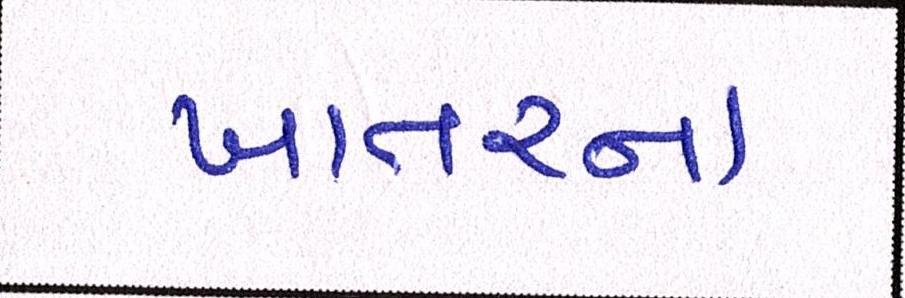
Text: ખાતરના